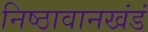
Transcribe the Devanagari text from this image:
निष्ठावानखंडं